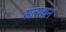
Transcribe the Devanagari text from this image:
सत्यधन